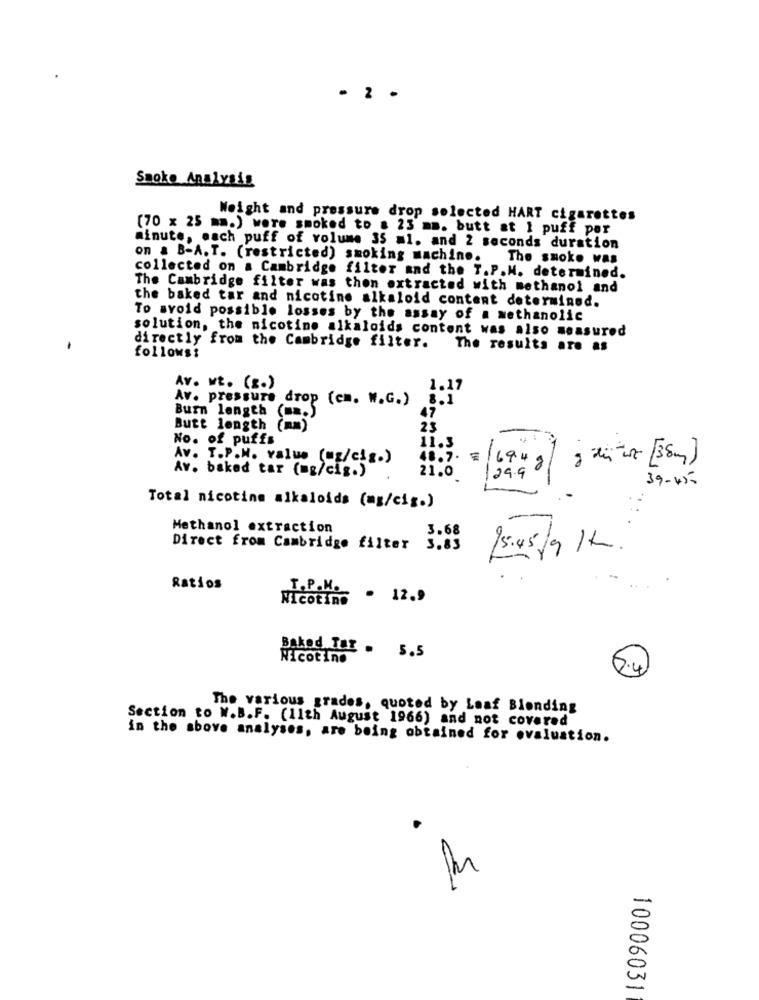
- 2 .
Smoke Analysis
Weight and pressure drop selected HART cigarettes
(70 x 25 mm.) were smoked to # 23 mm. butt at 1 puff per
minute, mach puff of volume 35 =1. and 2 seconds duration
on & B-A. T. (restricted) smoking machine.
The smoke was
collected on a Cambridge filter and the T.P.M. determined.
The Cambridge filter was then extracted with methanol and
the baked tar and nicotine alkaloid content determined.
To avoid possible losses by the assay of a wethanolic
solution, the nicotine alkaloids content was also measured
follows:
directly from the Cambridge filter.
The results are as
Av. wt. (.)
1.17
Av. pressure drop (cm. W.G.)
8.1
Burn length
47
(m.)
Butt length
23
No. of puffs
11.3
.1
Av. T.P.W. value (mg/cis.)
48. 7.
Av. baked tar (mg/cig.)
00
21.0
39-45-
Total nicotine alkaloids (mg/cig.)
Methanol extraction
3.68
Direct from Cambridge filter
3.83
15:45/9 /1.
-
Ratios
Nicotine
T.P.M. - 12.9
Baked Tax . 5.5
Nicotine
6.4
The various grades, quoted by Laaf Blending
Section to W.B.F. (11th August 1966) and not covered
in the above analyses, are being obtained for evaluation.
.
10006031